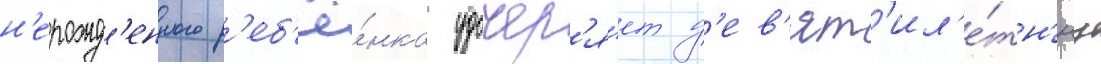
н'ерожд'енного р'еб'ё́нка удочер'я́ет д'ев'ят'ил'е́тн'юу